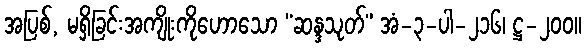
အပြစ်, မရှိခြင်းအကျိုးကိုဟောသော “ဆန္ဒသုတ်” အံ-၃-ပါ-၂၁၆၊ ဋ္ဌ-၂၀၀။